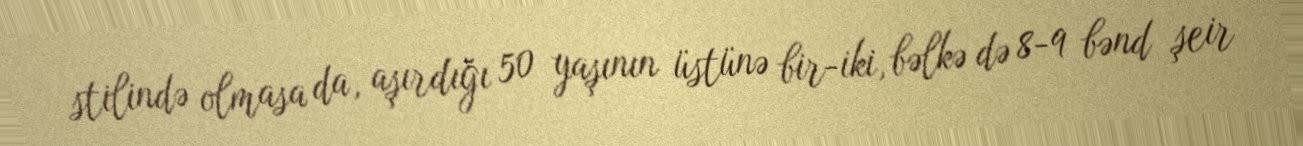
stilində olmasa da, aşırdığı 50 yaşının üstünə bir-iki, bəlkə də 8-9 bənd şeir